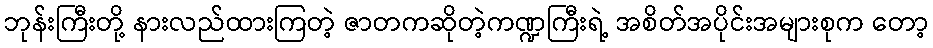
ဘုန်းကြီးတို့ နားလည်ထားကြတဲ့ ဇာတကဆိုတဲ့ကဏ္ဍကြီးရဲ့ အစိတ်အပိုင်းအများစုက တော့